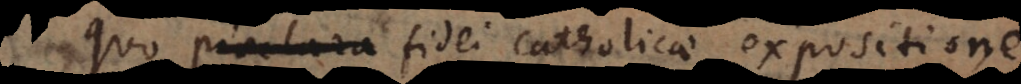
lucida fidei catholicae expositione